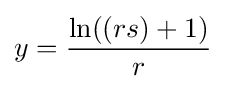
y={\frac {\ln((rs)+1)}{r}}